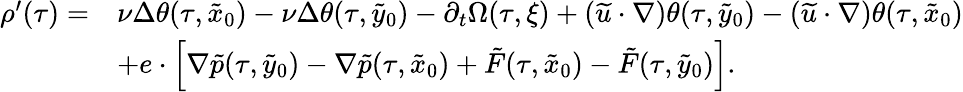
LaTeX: \begin{array}{rl}{\rho^{\prime}(\tau)=}&{\nu\Delta\theta(\tau,\tilde{x}_{0})-\nu\Delta\theta(\tau,\tilde{y}_{0})-\partial_{t}\Omega(\tau,\xi)+(\widetilde u\cdot\nabla)\theta(\tau,\tilde{y}_{0})-(\widetilde u\cdot\nabla)\theta(\tau,\tilde{x}_{0})}\\ &{+e\cdot\left[\nabla\tilde{p}(\tau,\tilde{y}_{0})-\nabla\tilde{p}(\tau,\tilde{x}_{0})+\tilde{F}(\tau,\tilde{x}_{0})-\tilde{F}(\tau,\tilde{y}_{0})\right].}\end{array}